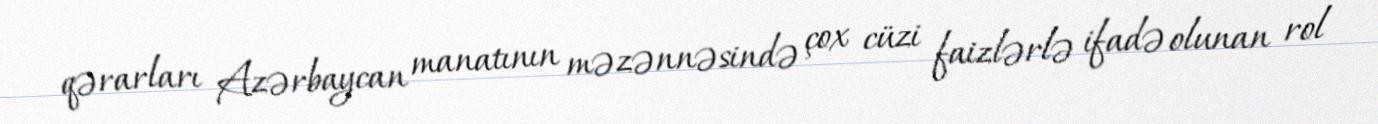
qərarları Azərbaycan manatının məzənnəsində çox cüzi faizlərlə ifadə olunan rol